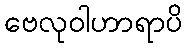
ဗေလုဝါဟာရာပိ